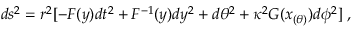
d s ^ { 2 } = r ^ { 2 } [ - { \cal F } ( y ) d t ^ { 2 } + { \cal F } ^ { - 1 } ( y ) d y ^ { 2 } + d \theta ^ { 2 } + \kappa ^ { 2 } { \cal { G } } ( x _ { ( \theta ) } ) d \phi ^ { 2 } ] \: ,